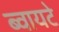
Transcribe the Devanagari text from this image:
ब्वायटे